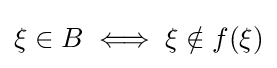
\xi \in B\iff \xi \notin f(\xi )